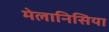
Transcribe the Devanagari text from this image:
मेलानिसिया